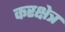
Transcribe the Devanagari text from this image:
करक्षेत्र